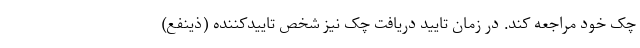
چک خود مراجعه کند. در زمان تایید دریافت چک نیز شخص تاییدکننده (ذینفع)